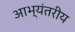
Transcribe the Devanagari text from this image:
आभ्यंतरीय